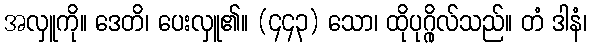
အလှူကို။ ဒေတိ၊ ပေးလှူ၏။ (၄၄၃) သော၊ ထိုပုဂ္ဂိုလ်သည်။ တံ ဒါနံ၊